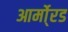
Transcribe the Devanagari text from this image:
आर्मो्रड